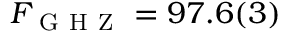
F _ { \mathrm { ~ G ~ H ~ Z ~ } } = 9 7 . 6 ( 3 ) \